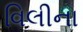
વિલીના